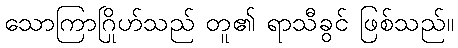
သောကြာဂြိုဟ်သည် တူ၏ ရာသီခွင် ဖြစ်သည်။